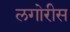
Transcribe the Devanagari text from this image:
लगोरीस